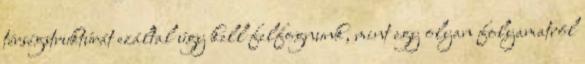
térségstruktúrát ezáltal úgy kell felfognunk, mint egy olyan folyamatról